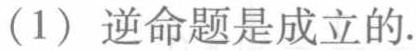
（1）逆命题是成立的.